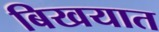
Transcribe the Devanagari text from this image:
बिखयात